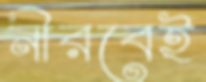
নীরবেই